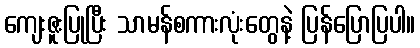
ကျေးဇူးပြုပြီး သာမန်စကားလုံးတွေနဲ့ ပြန်ပြောပြပါ။